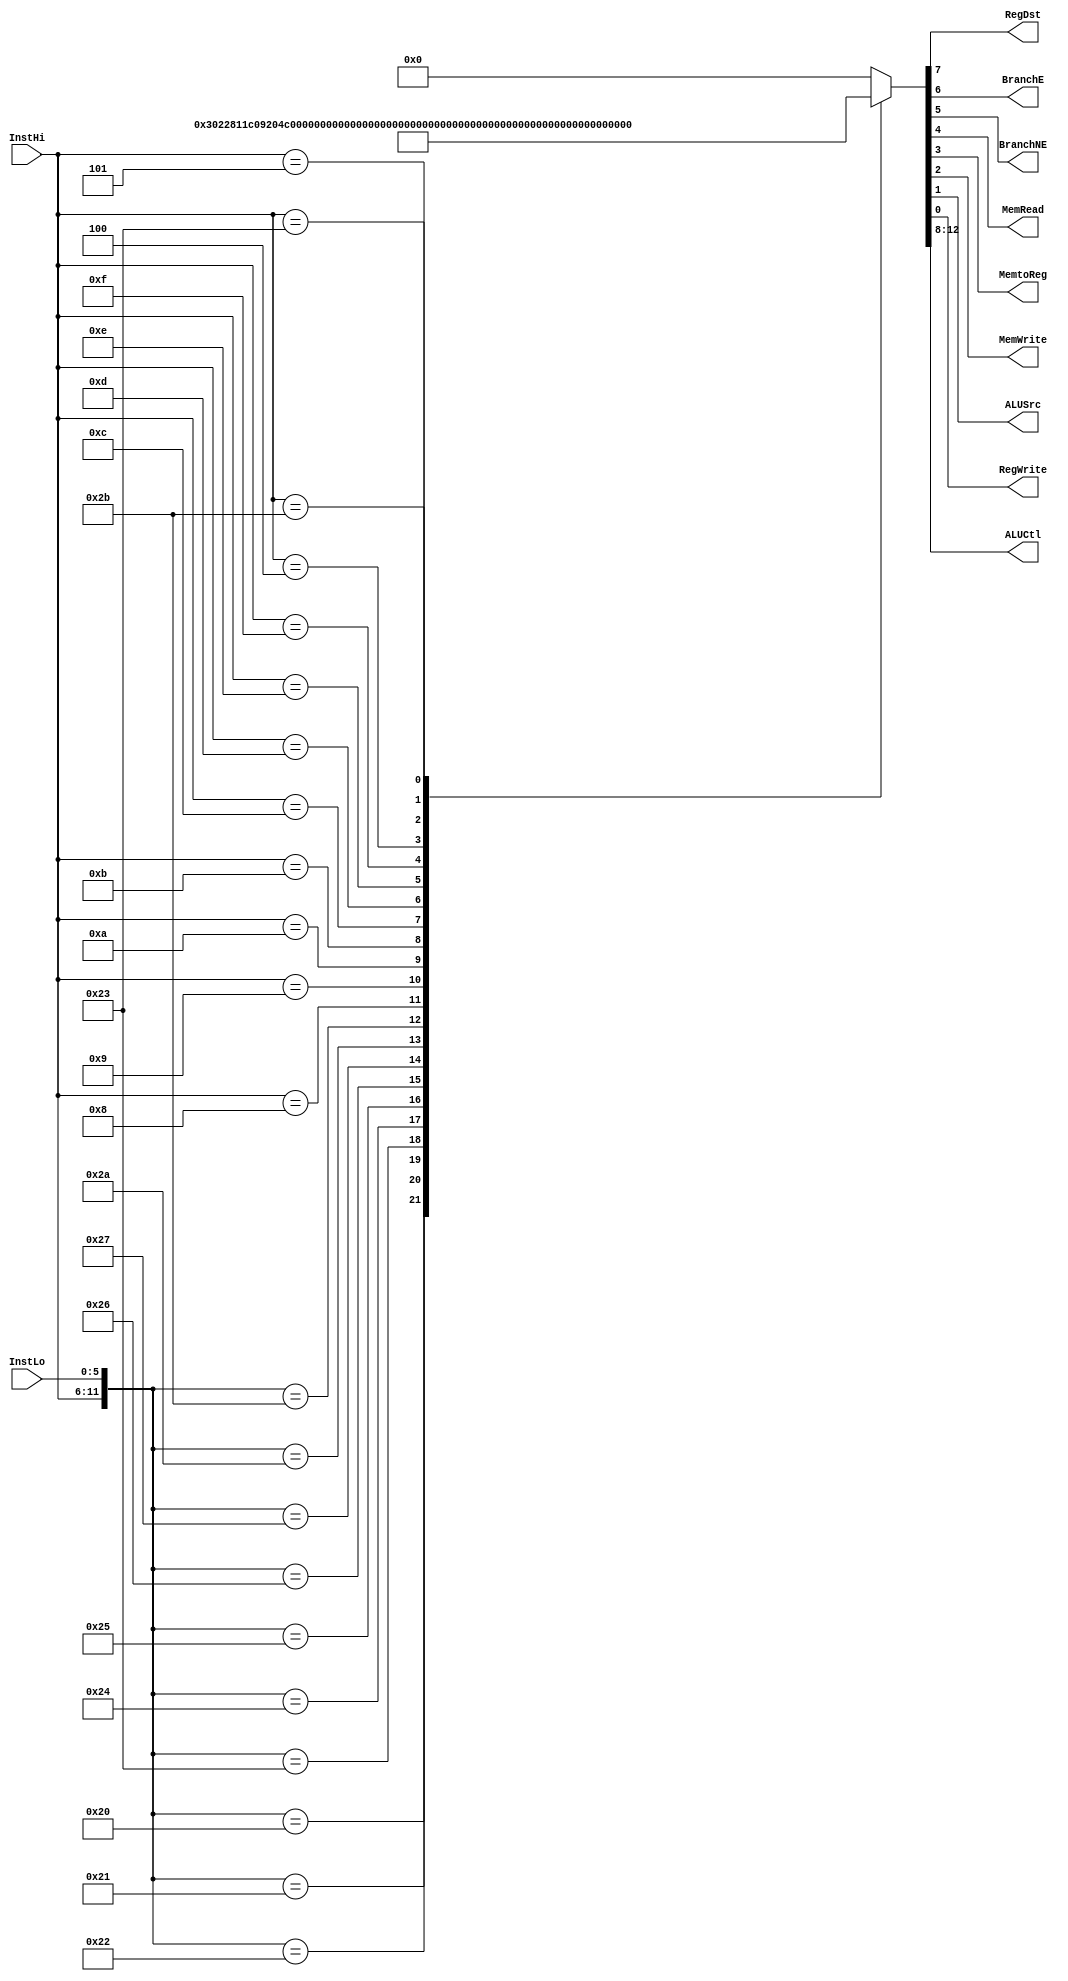
// SingleCycle Controller
// CECS 440 California State University Long Beach
// John Tramel
// 3/7/2015

// Controller for Single Cycle MIPs Processor

`timescale 1ns/1ns

module Controller (InstHi, InstLo, RegDst, BranchE, BranchNE, MemRead, MemtoReg,
	           MemWrite, ALUSrc, RegWrite, ALUCtl);

input  [ 5:0] InstHi;    // Instruction[31:26]
input  [ 5:0] InstLo;    // Instruction[ 5:0]
output        RegDst;    // Register Write Adress Select
output        BranchE;   // Branch Control for  =Zero
output        BranchNE;  // Branch Control for !=Zero
output        MemRead;   // Read Enable for Data Memory
output        MemtoReg;  // Write Data Select for Register File
output        MemWrite;  // Write Enable for Data Memory
output        ALUSrc;    // ALU B Mux Select
output        RegWrite;  // Write Enable for Register File
output [ 4:0] ALUCtl;    // Control to ALU

//////////// Declare Data Types ///////////////

reg    [ 4:0] ALUCtl;    // Control to ALU
reg    [ 7:0] Ctl;       // Control Bits

///////////////// Complete Set of Implemeted Instructions ///////////

assign {RegDst,BranchE,BranchNE,MemRead,MemtoReg,MemWrite,ALUSrc,RegWrite} = Ctl;

always @(*)
   casez({InstHi,InstLo})
      ({6'h00,6'h00}): {ALUCtl,Ctl} = {5'h00,8'h00};   // NOP
      ({6'h00,6'h20}): {ALUCtl,Ctl} = {5'h01,8'h81};   // ADD
      ({6'h00,6'h21}): {ALUCtl,Ctl} = {5'h02,8'h81};   // ADDU
      ({6'h00,6'h22}): {ALUCtl,Ctl} = {5'h03,8'h81};   // SUB
      ({6'h00,6'h23}): {ALUCtl,Ctl} = {5'h04,8'h81};   // SUBU
      ({6'h00,6'h24}): {ALUCtl,Ctl} = {5'h05,8'h81};   // AND
      ({6'h00,6'h25}): {ALUCtl,Ctl} = {5'h06,8'h81};   // OR
      ({6'h00,6'h26}): {ALUCtl,Ctl} = {5'h07,8'h81};   // XOR
      ({6'h00,6'h27}): {ALUCtl,Ctl} = {5'h08,8'h81};   // NOR
      ({6'h00,6'h2A}): {ALUCtl,Ctl} = {5'h09,8'h81};   // SLT
      ({6'h00,6'h2B}): {ALUCtl,Ctl} = {5'h0A,8'h81};   // SLTU
      ({6'h08,6'h??}): {ALUCtl,Ctl} = {5'h0B,8'h01};   // ADDI
      ({6'h09,6'h??}): {ALUCtl,Ctl} = {5'h0C,8'h01};   // ADDIU
      ({6'h0A,6'h??}): {ALUCtl,Ctl} = {5'h0D,8'h03};   // SLTI
      ({6'h0B,6'h??}): {ALUCtl,Ctl} = {5'h0E,8'h82};   // SLTIU
      ({6'h0C,6'h??}): {ALUCtl,Ctl} = {5'h0F,8'h03};   // ANDI
      ({6'h0D,6'h??}): {ALUCtl,Ctl} = {5'h10,8'h03};   // ORI
      ({6'h0E,6'h??}): {ALUCtl,Ctl} = {5'h11,8'h03};   // XORI
      ({6'h0F,6'h??}): {ALUCtl,Ctl} = {5'h12,8'h03};   // LUI
      ({6'h04,6'h??}): {ALUCtl,Ctl} = {5'h03,8'h40};   // BEQ
      ({6'h05,6'h??}): {ALUCtl,Ctl} = {5'h03,8'h20};   // BNE
      ({6'h23,6'h??}): {ALUCtl,Ctl} = {5'h01,8'h9B};   // LW
      ({6'h2B,6'h??}): {ALUCtl,Ctl} = {5'h01,8'h84};   // SW
       default: {ALUCtl,Ctl} = {5'h00,8'h00};   // NOP
      endcase
      
endmodule